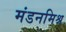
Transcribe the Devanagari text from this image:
मंडनमिश्र